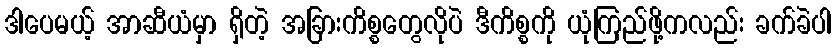
ဒါပေမယ့် အာဆီယံမှာ ရှိတဲ့ အခြားကိစ္စတွေလိုပဲ ဒီကိစ္စကို ယုံကြည်ဖို့ကလည်း ခက်ခဲပါ